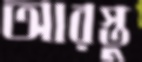
আরস্তু